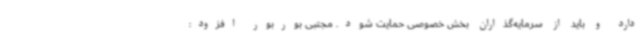
دارد و باید از سرمایه‌گذاران بخش خصوصی حمایت شود. مجتبی بوربور افزود: